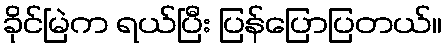
ခိုင်မြဲက ရယ်ပြီး ပြန်ပြောပြတယ်။